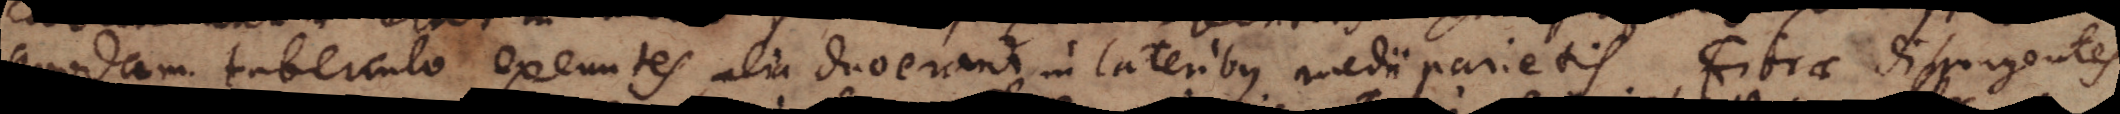
quodam tuberculo exeuntes, alia duo erant in lateribus medii parietis. Fibrae dispergentes